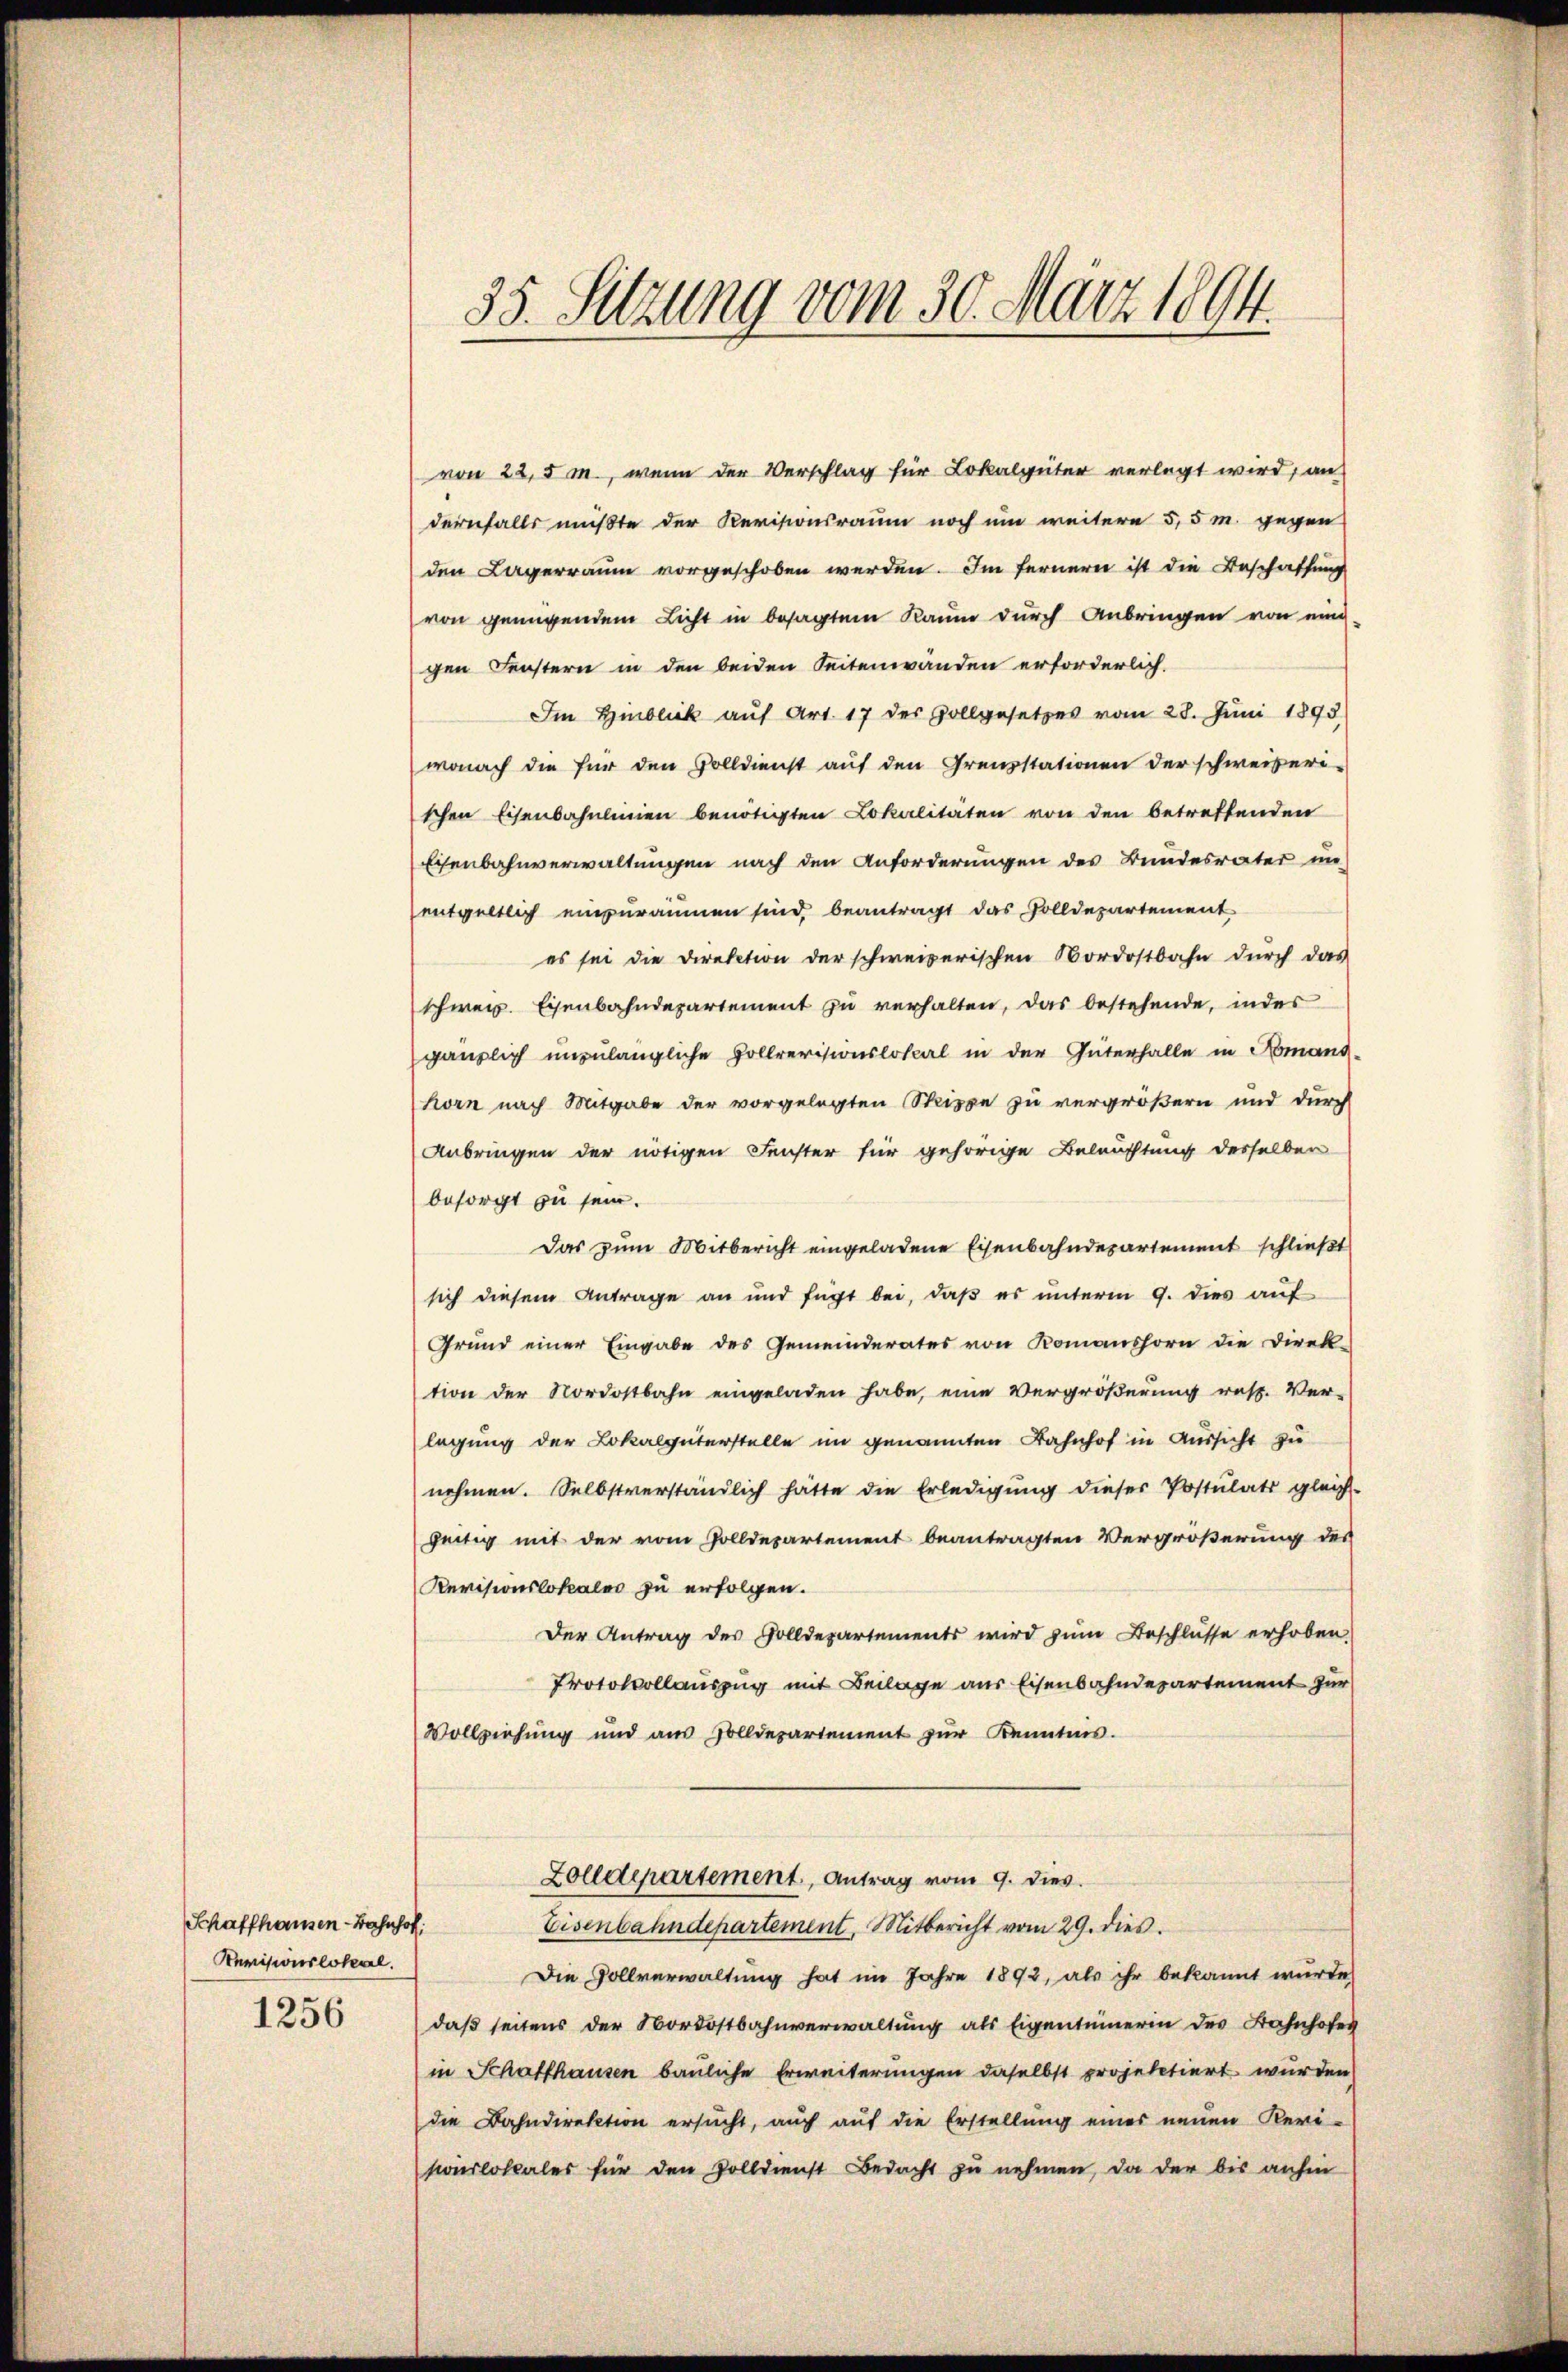
Schaffhausen-Bahnhof.
Revisionslokal.
1256

35. Sitzung vom 30. März 1894.

von 22,5 m., wenn der Verschlag für Lokalgüter verlegt wird, aus
dernfalls mußte der Revisionsraum noch um weitere 5,5 m. gegen
den Lagerraum vorgeschoben werden. Im fernern ist die Beschaffung
von genügendem Licht in besagtem Raum durch Anbringen von eine
gen Fenstern in den beiden Seitenwanden erforderlich.
Im Hinblick auf Art. 17 des Zollgesetzes vom 28. Juni 1893
wonach die für den Volldienst auf den Grenzstationen der schweizeri-
schen Eisenbahnlinien benötigten Lokalitäten von den betreffenden
Eisenbahnverwaltungen nach den Anforderungen des Bundesrater in
entgeltlich einzuräumen sind, beantragt das Volldepartement
es sei die Direktion der schweizerischen Nordostbahn durch das
schwer. Eisenbahndepartement zu verhalten, das bestehende, indes
gänzlich unzulängliche Hollrevisionslokal in der Güterhalle in Nomand
horn nach Mitgabe der vorgelegten Sippe zu vergrößern und durch
Anbringen der nötigen Fenster für gehörige Beleuchtung desselben
besorgt zu sein.
Das zum Mitbericht eingeladene Eisenbahndepartement schließt
sich diesem Antrage an und fügt bei, daβ es unterm 9. dies aŭf
Grund einer Eingabe des Gemeinderates von Komanshorn die Direk-
tion der Nordostbahn eingeladen habe, eine Vergrößerung resp. Ver-
legung der Lokalgüterstelle im genannten Bahnhof in Aussicht zu
nehmen. Selbstverständlich hätte die Erledigung dieser Postulats gleich-
seitig mit der vom Polldepartement beantragten Vergrößerung des
Revisionslokales zu erfolgen.
Der Antrag des Solldepartements wird zŭm Beschlüsse erhoben.
Protokollauszug mit Beilage aus Eisenbahndepartement zur
Vollziehung und aus Zolldepartement zŭr Kenntnis.
Zolldepartement, Antrag vom 9. dies
Eisenbahndepartement. Mitbericht vom 29. dies
Die Vollverwaltung hat im Jahre 1892, als ihr bekannt wurde,
daß seitens der Nordostbahnverwaltung als Eigentümerin des Bahnhofes
in Schaffhausen bauliche Erweiterungen daselbst projektiert wurden
die Bahndirektion ersucht, auch auf die Erstellung einer neuen Revi-
sionslokales für den Zolldienst Bedacht zŭ nehmen, da der bis anhin